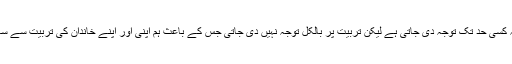
ہمارے ہاں تعلیم پر تو کسی نہ کسی حد تک توجہ دی جاتی ہے لیکن تربیّت پر بالکل توجہ نہیں دی جاتی جس کے باعث ہم اپنی اور اپنے خاندان کی تربیّت سے ساری زندگی محروم رہتے ہیں۔